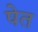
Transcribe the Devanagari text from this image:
षेत